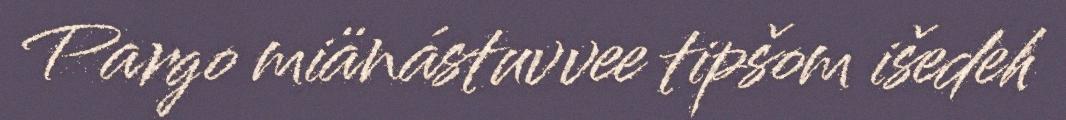
Pargo miänástuvvee tipšom išedeh